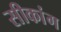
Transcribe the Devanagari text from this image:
सीकांग